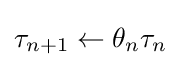
\tau _{n+1}\leftarrow \theta _{n}\tau _{n}